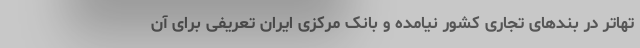
تهاتر در بندهای تجاری کشور نیامده و بانک مرکزی ایران تعریفی برای آن